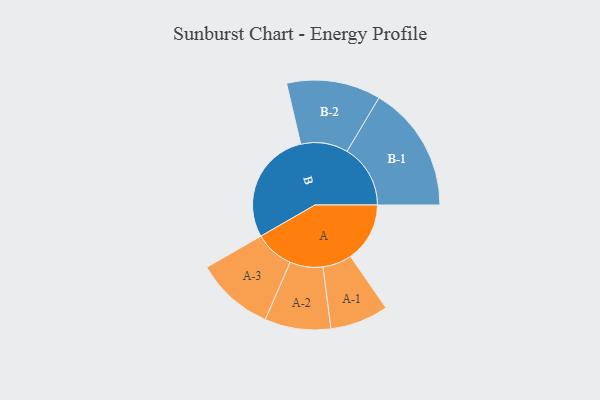
{"axis": {"x": "Segment", "y": "Value"}, "legend": ["", "A", "B"], "data": [{"x": "A", "y": 248, "type": ""}, {"x": "B", "y": 478, "type": ""}, {"x": "A-1", "y": 122, "type": "A"}, {"x": "A-2", "y": 138, "type": "A"}, {"x": "A-3", "y": 164, "type": "A"}, {"x": "B-1", "y": 265, "type": "B"}, {"x": "B-2", "y": 197, "type": "B"}]}